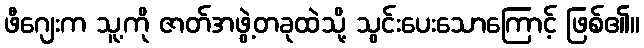
ဖီဂျေးက သူ့ကို ဇာတ်အဖွဲ့တခုထဲသို့ သွင်းပေးသောကြောင့် ဖြစ်၏။